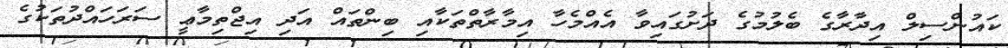
ކައުންސިލް އިދާރާގެ ބެލުމުގެ ދަށުގައިވާ އެއްމެހާ އިމާރާތްތަކާއި ބިންތައް އަދި އިޖްތިމާޢީ ސަރަހައްދުތަކުގެ